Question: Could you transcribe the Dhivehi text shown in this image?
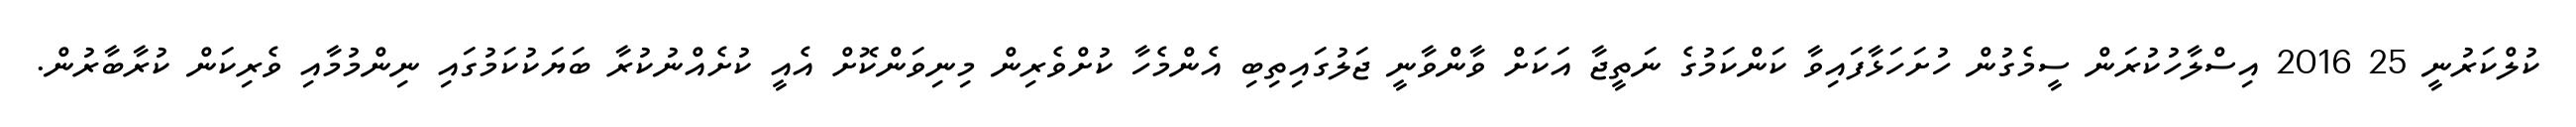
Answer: ކުލްކަރުނީ 25 2016 އިސްލާހުކުރަން ސީމެގުން ހުށަހަޅާފައިވާ ކަންކަމުގެ ނަތީޖާ އަކަށް ވާންވާނީ ޖަލުގައިތިބި އެންމެހާ ކުށްވެރިން މިނިވަންކޮށް އެއީ ކުށެއްނުކުރާ ބަޔަކުކަމުގައި ނިންމުމާއި ވެރިކަން ކުރާބާރުން.